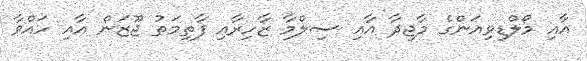
އާއި މޯލްޑިވިއަންގެ މާޖިދާ އާއި ސިލްމާ ޒާހިރާއި ފާތިމަތު ޖޫޒަން އާއި ހައްވާ